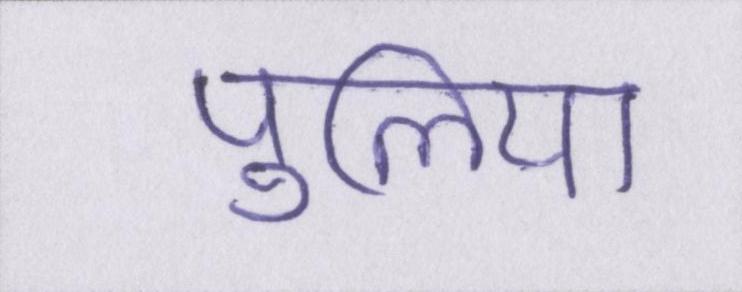
पुलिया